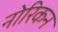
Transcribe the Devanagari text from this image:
नोरिकन